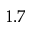
1 . 7